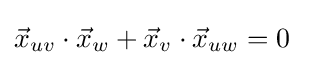
{\vec {x}}_{uv}\cdot {\vec {x}}_{w}+{\vec {x}}_{v}\cdot {\vec {x}}_{uw}=0\;